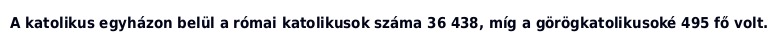
A katolikus egyházon belül a római katolikusok száma 36 438, míg a görögkatolikusoké 495 fő volt.